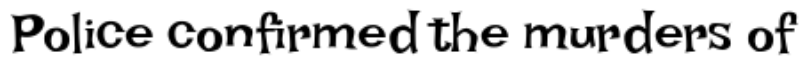
Police confirmed the murders of